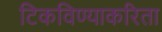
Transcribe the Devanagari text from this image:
टिकविण्याकरिता